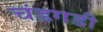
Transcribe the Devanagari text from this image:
चंडगडी